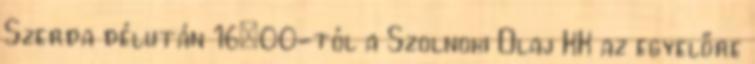
Szerda délután 16:00-tól a Szolnoki Olaj KK az egyelőre